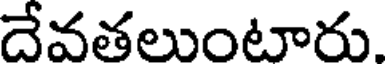
దేవతలుంటారు.